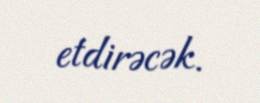
etdirəcək.